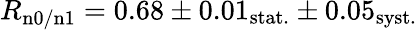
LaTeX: R_{\mathrm{n0/n1}}=0.68\pm 0.01_{\mathrm{stat.}}\pm 0.05_{\mathrm{syst.}}